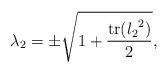
LaTeX: \begin{align*}\lambda_2 = \pm \sqrt{\displaystyle 1+\frac{\operatorname{tr}({l_2}^2)}{2}},\end{align*}